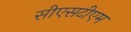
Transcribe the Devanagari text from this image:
सीएसटीएम